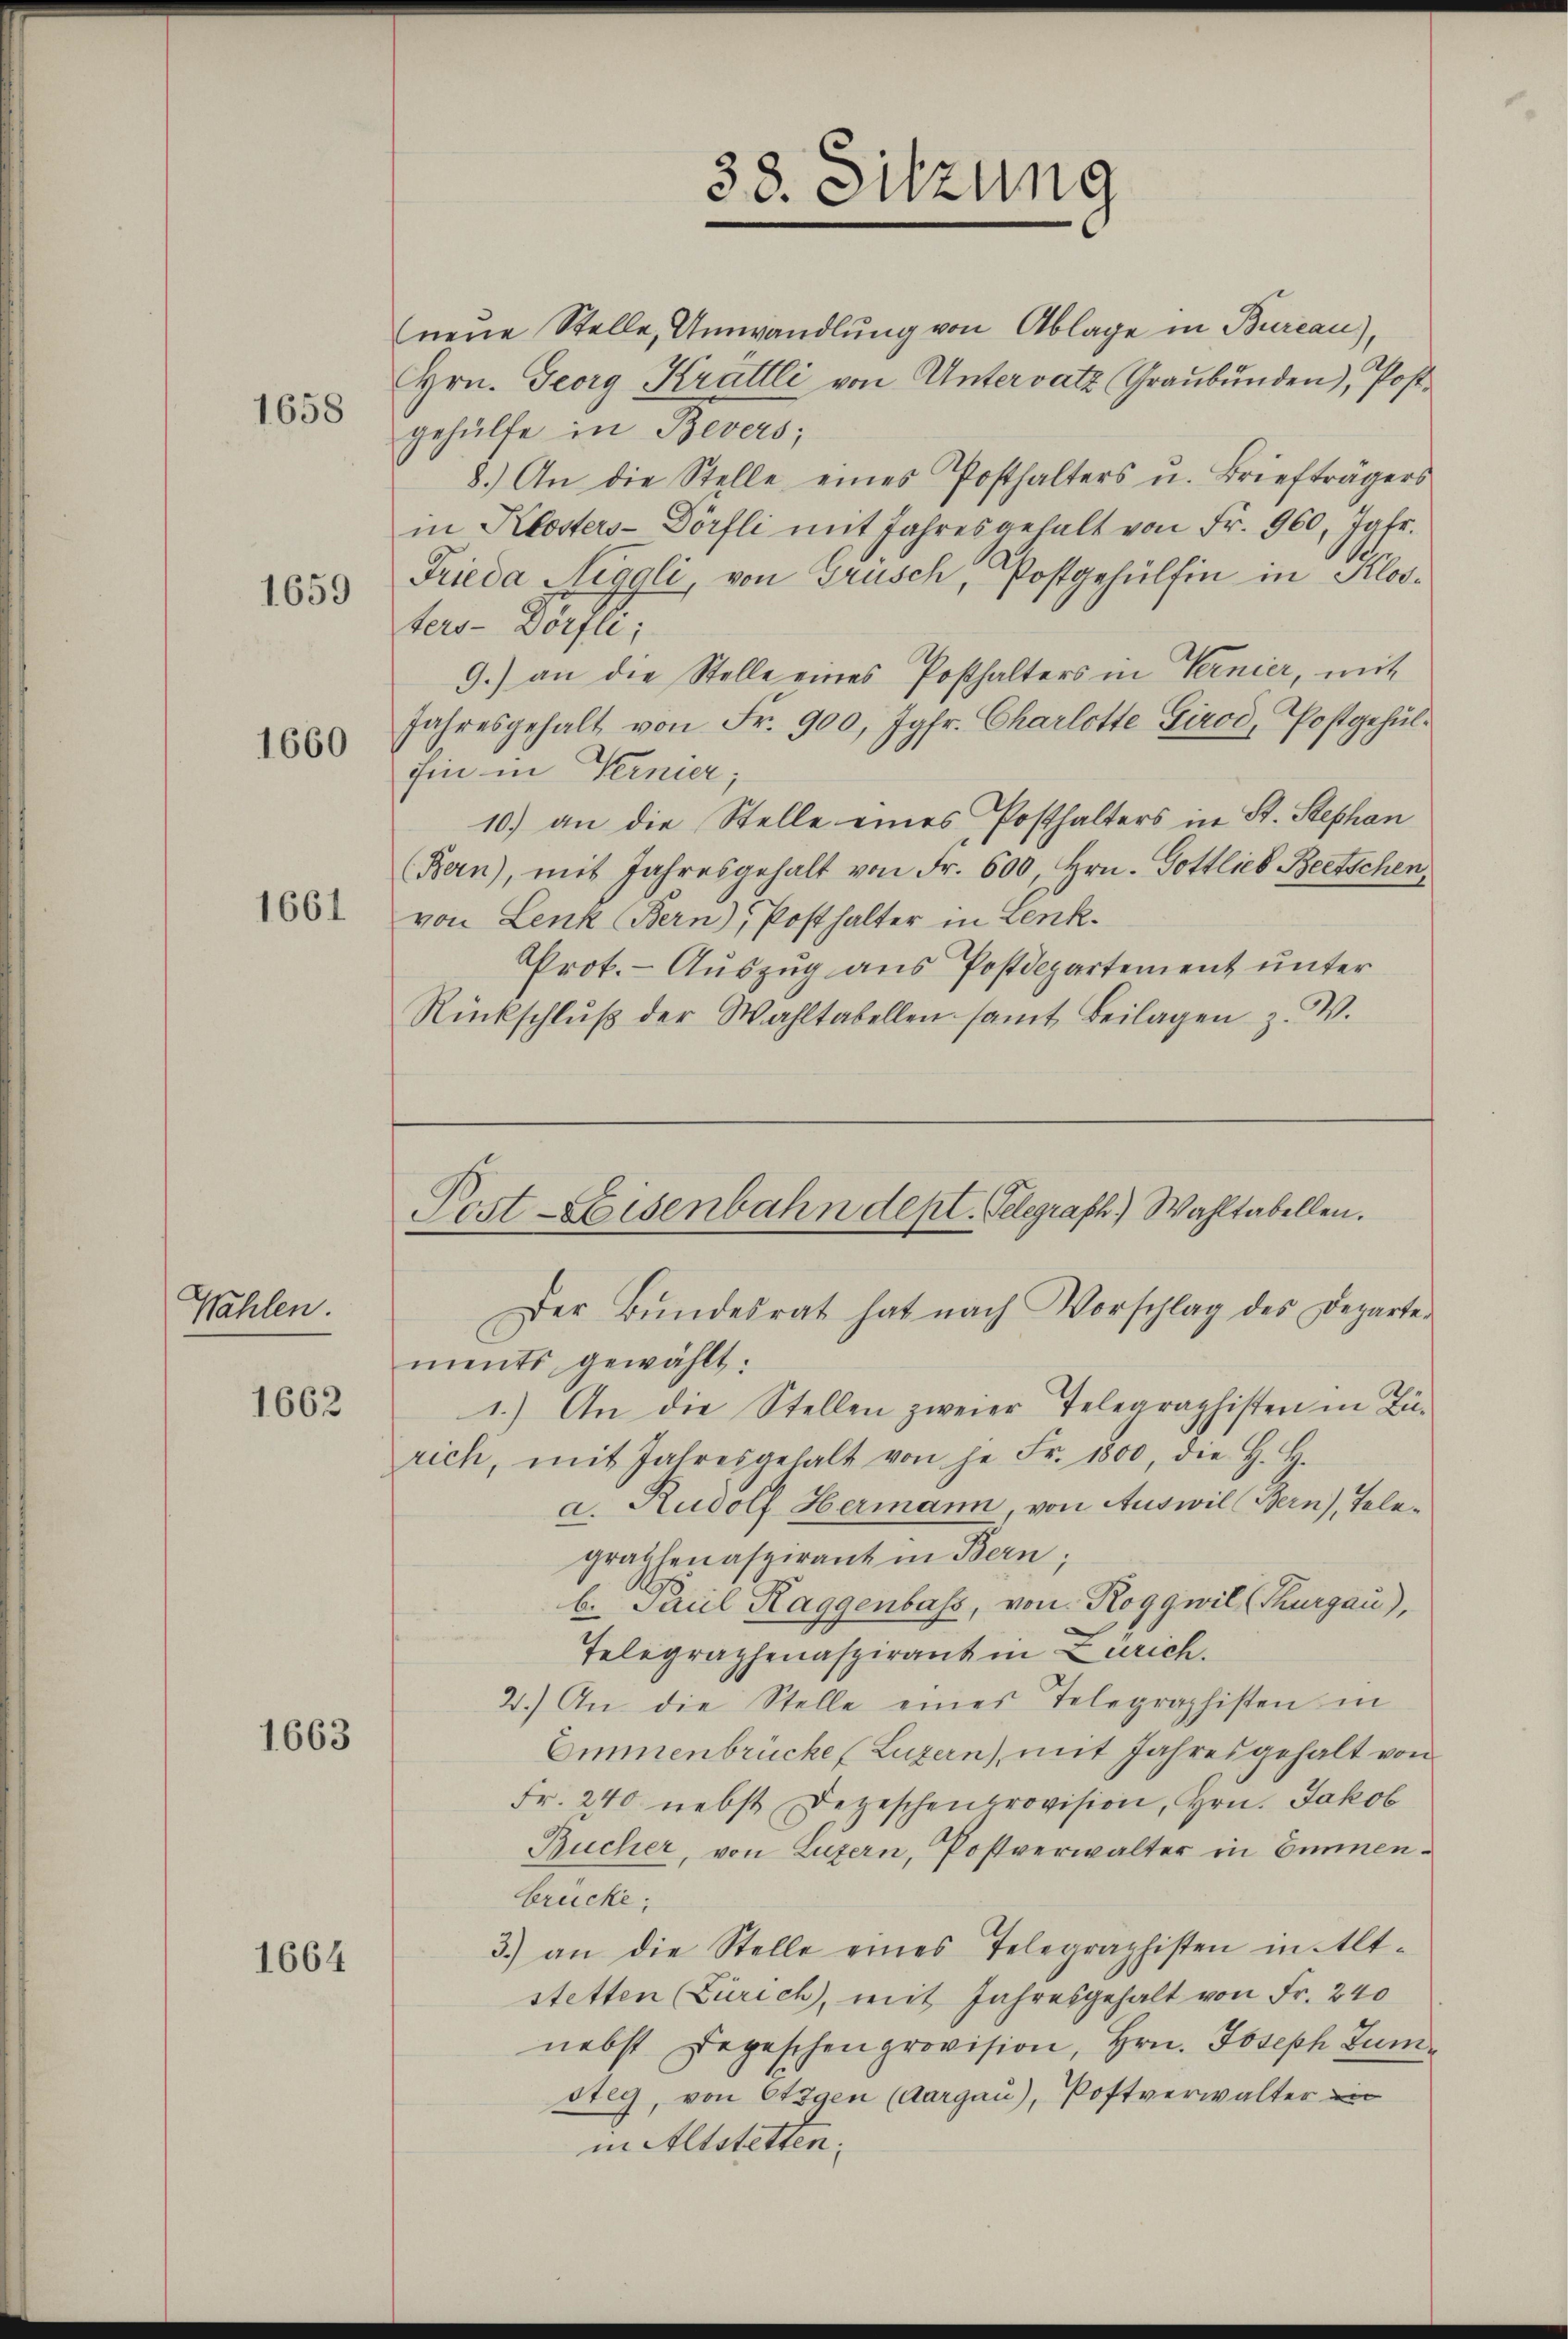
1658

Wahlen.

1659

1660

1661

1662

1663

1664

neŭe Stelle, Umwandlung von Ablage in Bureau),
Hrn. Georg Krättli von Untervatz Graubünden), Postgehülfe in Bevers;
8.) An die Stelle eines Posthalters u. Briefträgers
in Klosters- Dörfli mit Jahresgehalt von Fr. 960, Jgfr.
Frieda Niggli von Grüsch, Postgehülfen in Klos-
ters-Vorfte.
9.) an die Stelle eines Posthalters in Vernier, mit
Jahresgehalt von Fr. 900, Jgfr. Charlotte Girod, Postgehülhin in Vernier;
10.) an die Stelle eines Posthalters in St. Stephan
(Bern), mit Jahresgehalt von Fr. 600, Hrn. Gottlieb Beetschen,
von Lenk (Bern), Posthalter in Lenk.
Prot. - Auszug aus Postdepartement unter
Rückschlŭβ der Wahltabellen samt Beilagen z. B.

38. Sitzung

Post-Eisenbahndept. Telegraph.) Wahltabellen.

Der Bŭndesrat hat nach Vorschlag des Departe
ments gewählt:
1.) An die Stellen zweier Telegraphisten in Zürich, mit Jahresgehalt von je Fr. 1800, die H. H.
a. Rudolf Hermann, von Auswil (Bern), Telegraphenaspirant in Bern;
b. Paul Raggenbass, von Roggwil (Thurgau),
Telegraphenaspirant in Zürich.
2.) An die Stelle eines Telegraphisten in
Emmenbrücke (Luzern, mit Jahresgehalt von
Fr. 240 nebst Depeschenprovision, Hrn. Jakob
Bucher, von Luzern, Postverwalter in Einnenbrücke;
3.) an die Stelle eines Telegraphisten in Alt-
stetten (Zürich, mit Jahresgehalt von Fr. 240
nebst Depeschenprovision, Hrn. Joseph Zum
steg, von Etagen (Aargau), Postverwalter in
in Altstetten.